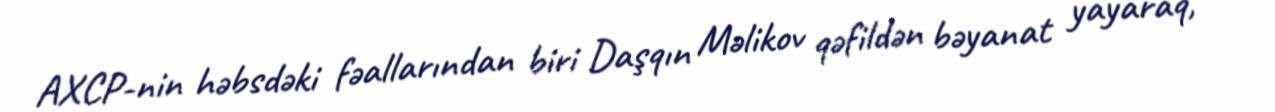
AXCP-nin həbsdəki fəallarından biri Daşqın Məlikov qəfildən bəyanat yayaraq,